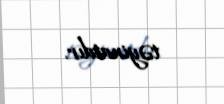
təyinatdır.